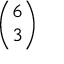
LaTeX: \binom { 6 } { 3 }